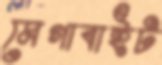
মেগাবাইট